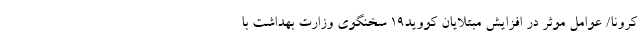
کرونا/ عوامل موثر در افزایش مبتلایان کووید۱۹ سخنگوی وزارت بهداشت با